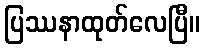
ပြဿနာထုတ်လေပြီ။